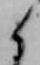
候